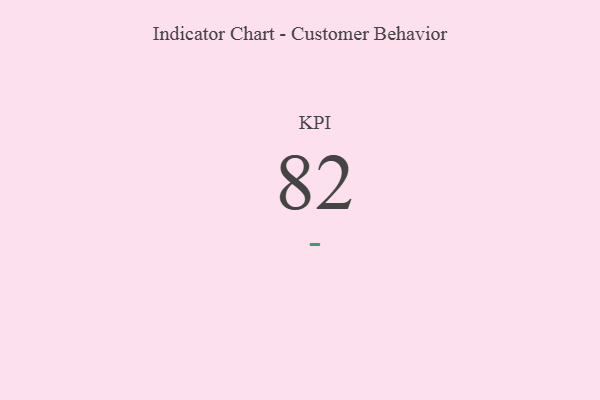
{"axis": {"x": "KPI", "y": "Value"}, "legend": [""], "data": [{"x": "KPI", "y": 82, "type": ""}]}